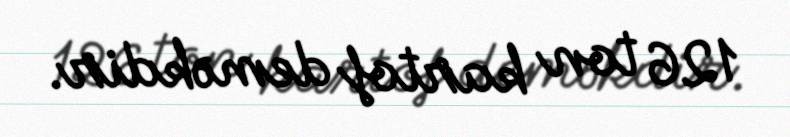
126 ton kartof deməkdir.